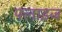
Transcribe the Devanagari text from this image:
फ्लाइज